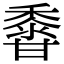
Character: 𪏽